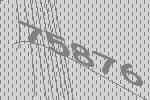
75876